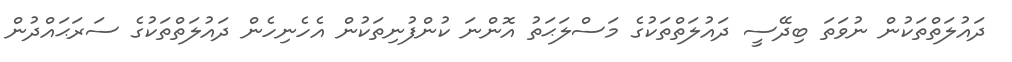
ދައުލަތްތަކުން ނުވަތަ ބިދޭސީ ދައުލަތްތަކުގެ މަސްލަޙަތު އޮންނަ ކުންފުނިތަކުން އެހެނިހެން ދައުލަތްތަކުގެ ސަރަޙައްދުން